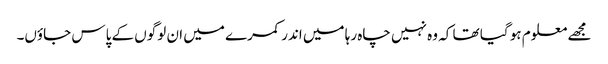
مجھے معلوم ہو گیا تھا کہ وہ نہیں چاہ رہا میں اندر کمرے میں ان لوگوں کے پاس جاؤں۔